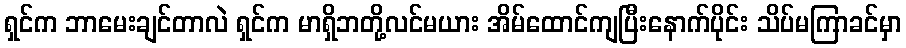
ရှင်က ဘာမေးချင်တာလဲ ရှင်က မာရှိဘတို့လင်မယား အိမ်ထောင်ကျပြီးနောက်ပိုင်း သိပ်မကြာခင်မှာ